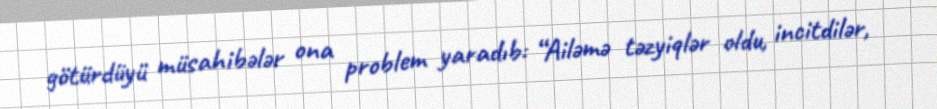
götürdüyü müsahibələr ona problem yaradıb: “Ailəmə təzyiqlər oldu, incitdilər,